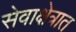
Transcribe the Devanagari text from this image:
सेवाक्षेत्रात